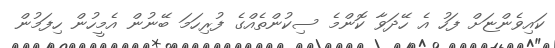
ކައިވެންޏަށް ފަހު އެ ހޭދަވާ ކޮންމެ ސިކުންތެއްގެ ފުރިހަމަ ބޭނުން އެމީހުން ހިފަމުން